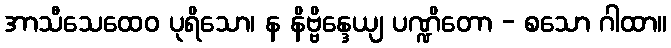
အာသီသေထေဝ ပုရိသော၊ န နိဗ္ဗိန္ဒေယျ ပဏ္ဍိတော - စသော ဂါထာ။